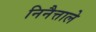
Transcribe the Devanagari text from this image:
निनैत्ताले